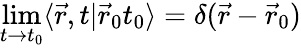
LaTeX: \operatorname*{lim}_{t\rightarrow t_{0}}\langle\vec{r},t\vert\vec{r}_{0}t_{0}\rangle=\delta(\vec{r}-\vec{r}_{0})